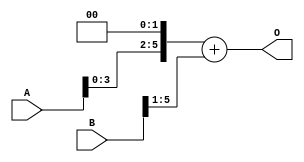
module md0(
output[5:0] O,
input[5:0] A,
input[5:0] B
);

assign O = ( A <<< 2'b10 ) + (B >>> 1'b1);
endmodule

module md1(
output[5:0] O,
input[5:0] A,
input[5:0] B
);

assign O = ( A + 3 * B );
endmodule

module md2(
output[5:0] O,
input[5:0] A,
input[5:0] B
);

assign O = (-B);
endmodule

module md3(
output[5:0] O,
input[5:0] A,
input[5:0] B
);
wire[5:0] temp;
wire sign;
assign temp = (2 * A - B);
not(sign,temp[5]);
assign O = sign ? temp : -temp;

endmodule

module mdd(
output[5:0] O,
input[5:0] A,
input[5:0] B,
input[1:0] Select
);

wire[5:0] ot3,ot2,ot1,ot0;


md3 mmmd(ot3,A,B);
md2 mmd(ot2,A,B);
md1 md(ot1,A,B);
md0 d(ot0,A,B);

assign O = (Select[1] ? (Select[0]?ot3:ot2):(Select[0]?ot1:ot0));




endmodule